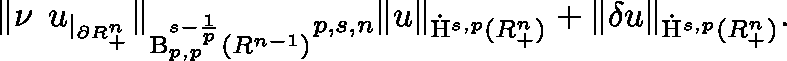
\begin{array} { r } { \lVert \nu \mathbin { \lrcorner } u _ { | _ { \partial \mathbb { R } _ { + } ^ { n } } } \rVert _ { \mathrm { B } _ { p , p } ^ { s - \frac { 1 } { p } } ( \mathbb { R } ^ { n - 1 } ) } \lesssim _ { p , s , n } \lVert u \rVert _ { { \dot { \mathrm { H } } } ^ { s , p } ( \mathbb { R } _ { + } ^ { n } ) } + \lVert \mathbf { \delta } u \rVert _ { { \dot { \mathrm { H } } } ^ { s , p } ( \mathbb { R } _ { + } ^ { n } ) } \mathrm { . } } \end{array}